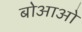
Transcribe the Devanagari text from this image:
बोआओ